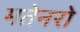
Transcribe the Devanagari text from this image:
मतेनरो